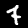
Digit: 7